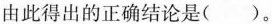
由此得出的正确结论是( )。